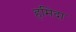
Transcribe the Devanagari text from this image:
हमिदा